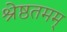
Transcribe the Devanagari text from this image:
श्रेष्ठतमम्